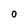
Character: 0